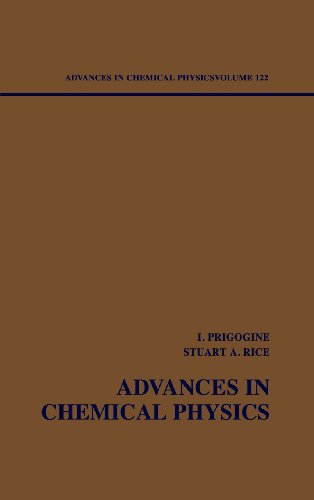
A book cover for Advances in Chemical Physics, Dynamical Systems and Irreversibility (Volume 122); Science & Math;